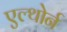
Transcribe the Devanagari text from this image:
एल्थोर्न